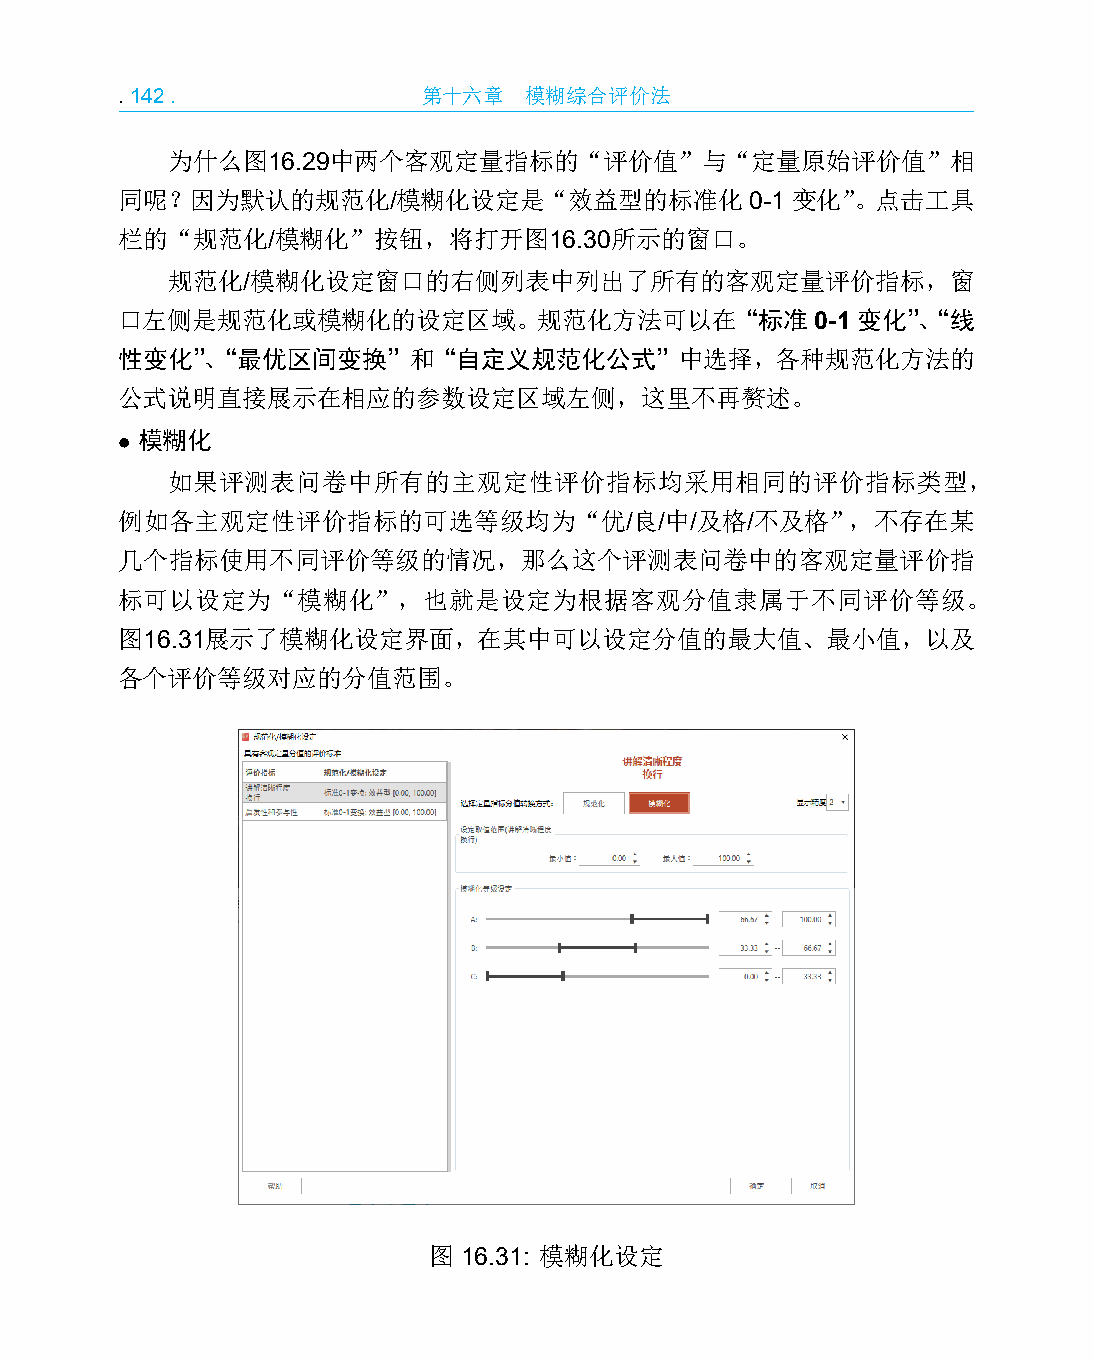
.142.               第十六章   模糊综合评价法
 为什么图16.29中两个客观定量指标的“评价值”与“定量原始评价值”相
 同呢？因为默认的规范化/模糊化设定是“效益型的标准化0-1               变化”。点击工具
 栏的“规范化/模糊化”按钮，将打开图16.30所示的窗口。
 规范化/模糊化设定窗口的右侧列表中列出了所有的客观定量评价指标，窗
 口左侧是规范化或模糊化的设定区域。规范化方法可以在“标准0-1变化”、“线
 性变化”、“最优区间变换”和“自定义规范化公式”中选择，各种规范化方法的
 公式说明直接展示在相应的参数设定区域左侧，这里不再赘述。
 • 模糊化
 如果评测表问卷中所有的主观定性评价指标均采用相同的评价指标类型，
 例如各主观定性评价指标的可选等级均为“优/良/中/及格/不及格”，不存在某
 几个指标使用不同评价等级的情况，那么这个评测表问卷中的客观定量评价指
 标可以设定为“模糊化”，也就是设定为根据客观分值隶属于不同评价等级。
 图16.31展示了模糊化设定界面，在其中可以设定分值的最大值、最小值，以及
 各个评价等级对应的分值范围。
 图 16.31: 模糊化设定